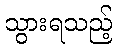
သွားရသည့်